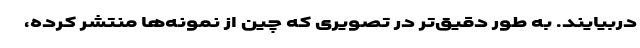
دربیایند. به طور دقیق‌تر در تصویری که چین از نمونه‌ها منتشر کرده،